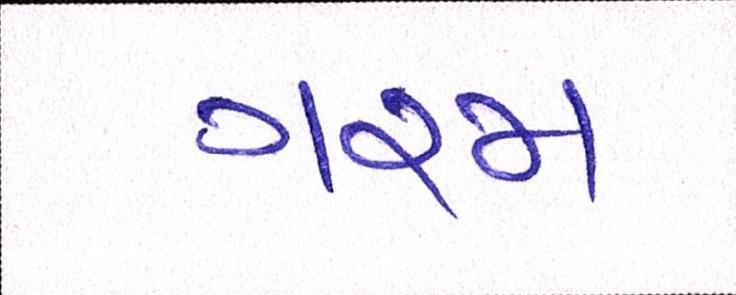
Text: ગરમ